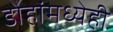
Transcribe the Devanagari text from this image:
डोहांमध्येही